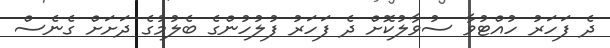
ދެ ފަހަރު ހުއްޓުވާ ސުވާލުކޮށް ދެ ފަހަރު ފުލުހުންގެ ބެލުމުގެ ދަށަށް ގެނެސް